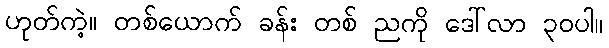
ဟုတ်ကဲ့။ တစ်ယောက် ခန်း တစ် ညကို ဒေါ်လာ ၃၀ပါ။